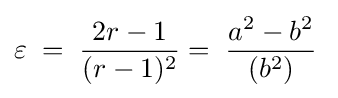
\varepsilon \;=\;{\frac {2r-1}{(r-1)^{2}}}=\;{\frac {a^{2}-b^{2}}{(b^{2})}}\;